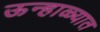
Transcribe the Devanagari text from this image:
ऊन्हाळ्यात